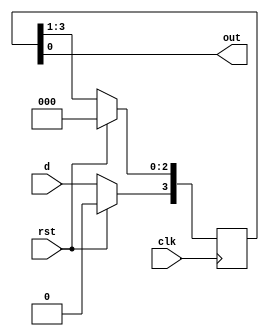
module serial_in_serial_out(
    input clk,rst,d,
    output out
    );
	 
	 reg [3:0] q;
	 
	 assign out= q[0];
	 
	 always @ ( posedge clk)
	 begin
	 if(rst)
	 begin
	 q<=4'b0000;
	 
	 end
	 
	 else
	 begin
	 q<= q>>1;
	 q[3]<=d;
	 
	 end
	 
	 end
	 


endmodule